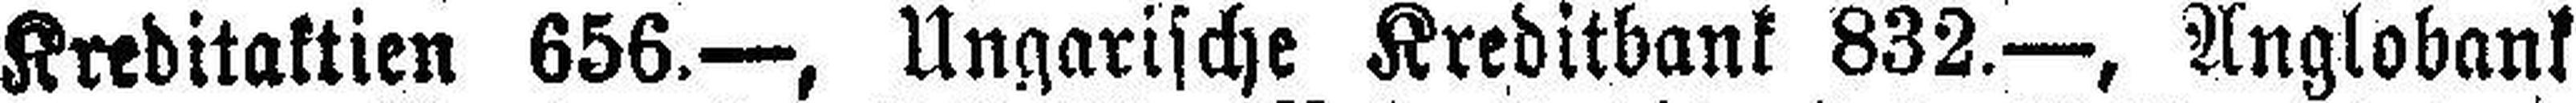
Kreditaktien 656.—, Ungarische Kreditbank 832.—, Anglobank